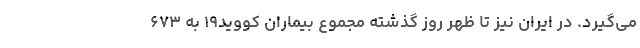
می‌گیرد. در ایران نیز تا ظهر روز گذشته مجموع بیماران کووید۱۹ به ۶۷۳